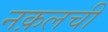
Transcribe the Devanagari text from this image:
नक़लची